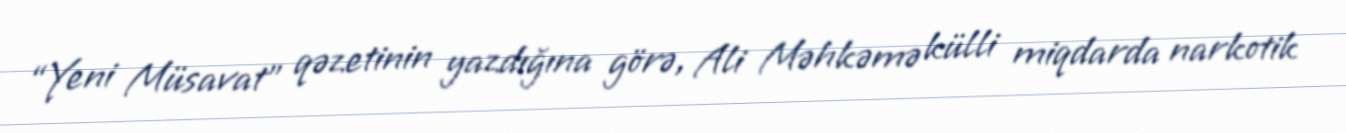
“Yeni Müsavat” qəzetinin yazdığına görə, Ali Məhkəmə külli miqdarda narkotik